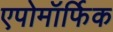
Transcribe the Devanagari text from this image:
एपोमॉर्फिक